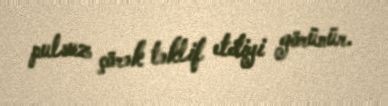
pulsuz çörək təklif etdiyi görünür.